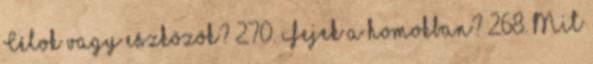
Célok vagy eszközök? 270. Fejek a homokban? 268. Mit